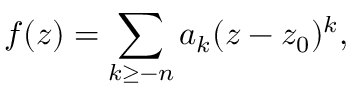
f ( z ) = \sum _ { k \geq - n } a _ { k } ( z - z _ { 0 } ) ^ { k } ,